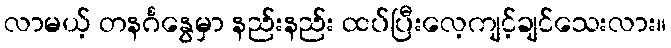
လာမယ့် တနင်္ဂနွေမှာ နည်းနည်း ထပ်ပြီးလေ့ကျင့်ချင်သေးလား။